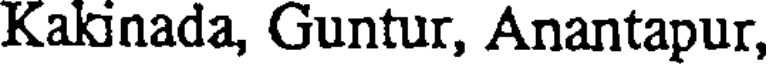
Kakinada, Guntur, Anantapur,